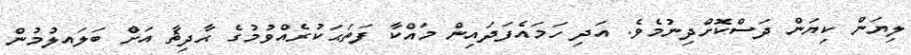
ލިޔަން ކިޔަން ދަސްކޮށްދިނުމެވެ. އަދި ހަމައެފަދައިން މައްކާ ފަތަޙަކުރެއްވުމުގެ ޙާދިޘާ އަށް ބަލައލުމުން